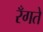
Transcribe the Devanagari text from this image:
रँगते